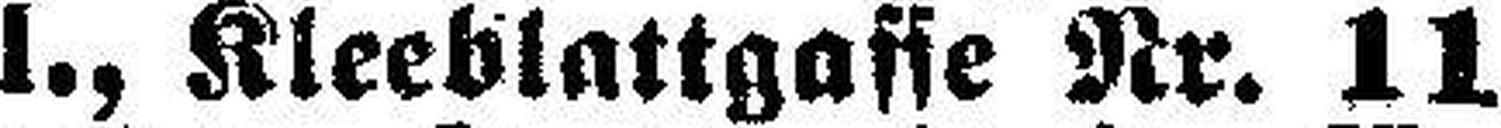
I., Kleeblattgasse Nr. 11